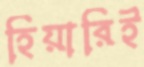
হিয়ারিই